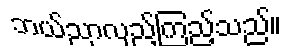
ဘယ်ညာလှည့်ကြည့်သည်။